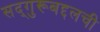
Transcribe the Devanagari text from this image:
सद्‌गुरूबद्दलची